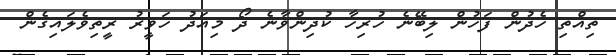
ތިއްތި ހެދުން ފަހުން ލިބޭނެ ހުރިހާ ކުދިންވާނެ ދޯ މިއަދު ހަވީރު ރީތިވެލައިގެން